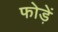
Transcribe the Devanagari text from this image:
फोड़ें